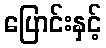
ပြောင်းနှင့်